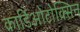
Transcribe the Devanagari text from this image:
कार्डिओटोक्सिन